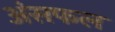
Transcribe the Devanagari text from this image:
अंसफल